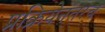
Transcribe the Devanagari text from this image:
प्रक्रियेनंतरच